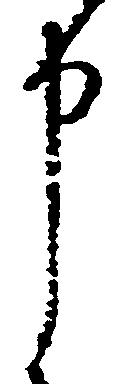
申